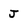
Character: J